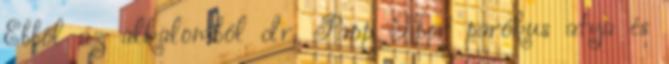
Ebből az alkalomból dr. Papp Tibor parókus atya és